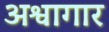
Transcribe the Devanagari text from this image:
अश्वागार